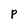
Character: p